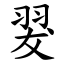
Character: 翇